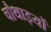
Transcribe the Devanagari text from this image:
चौथाइयों